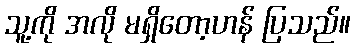
သူ့ကို အလို မရှိတော့ဟန် ပြသည်။